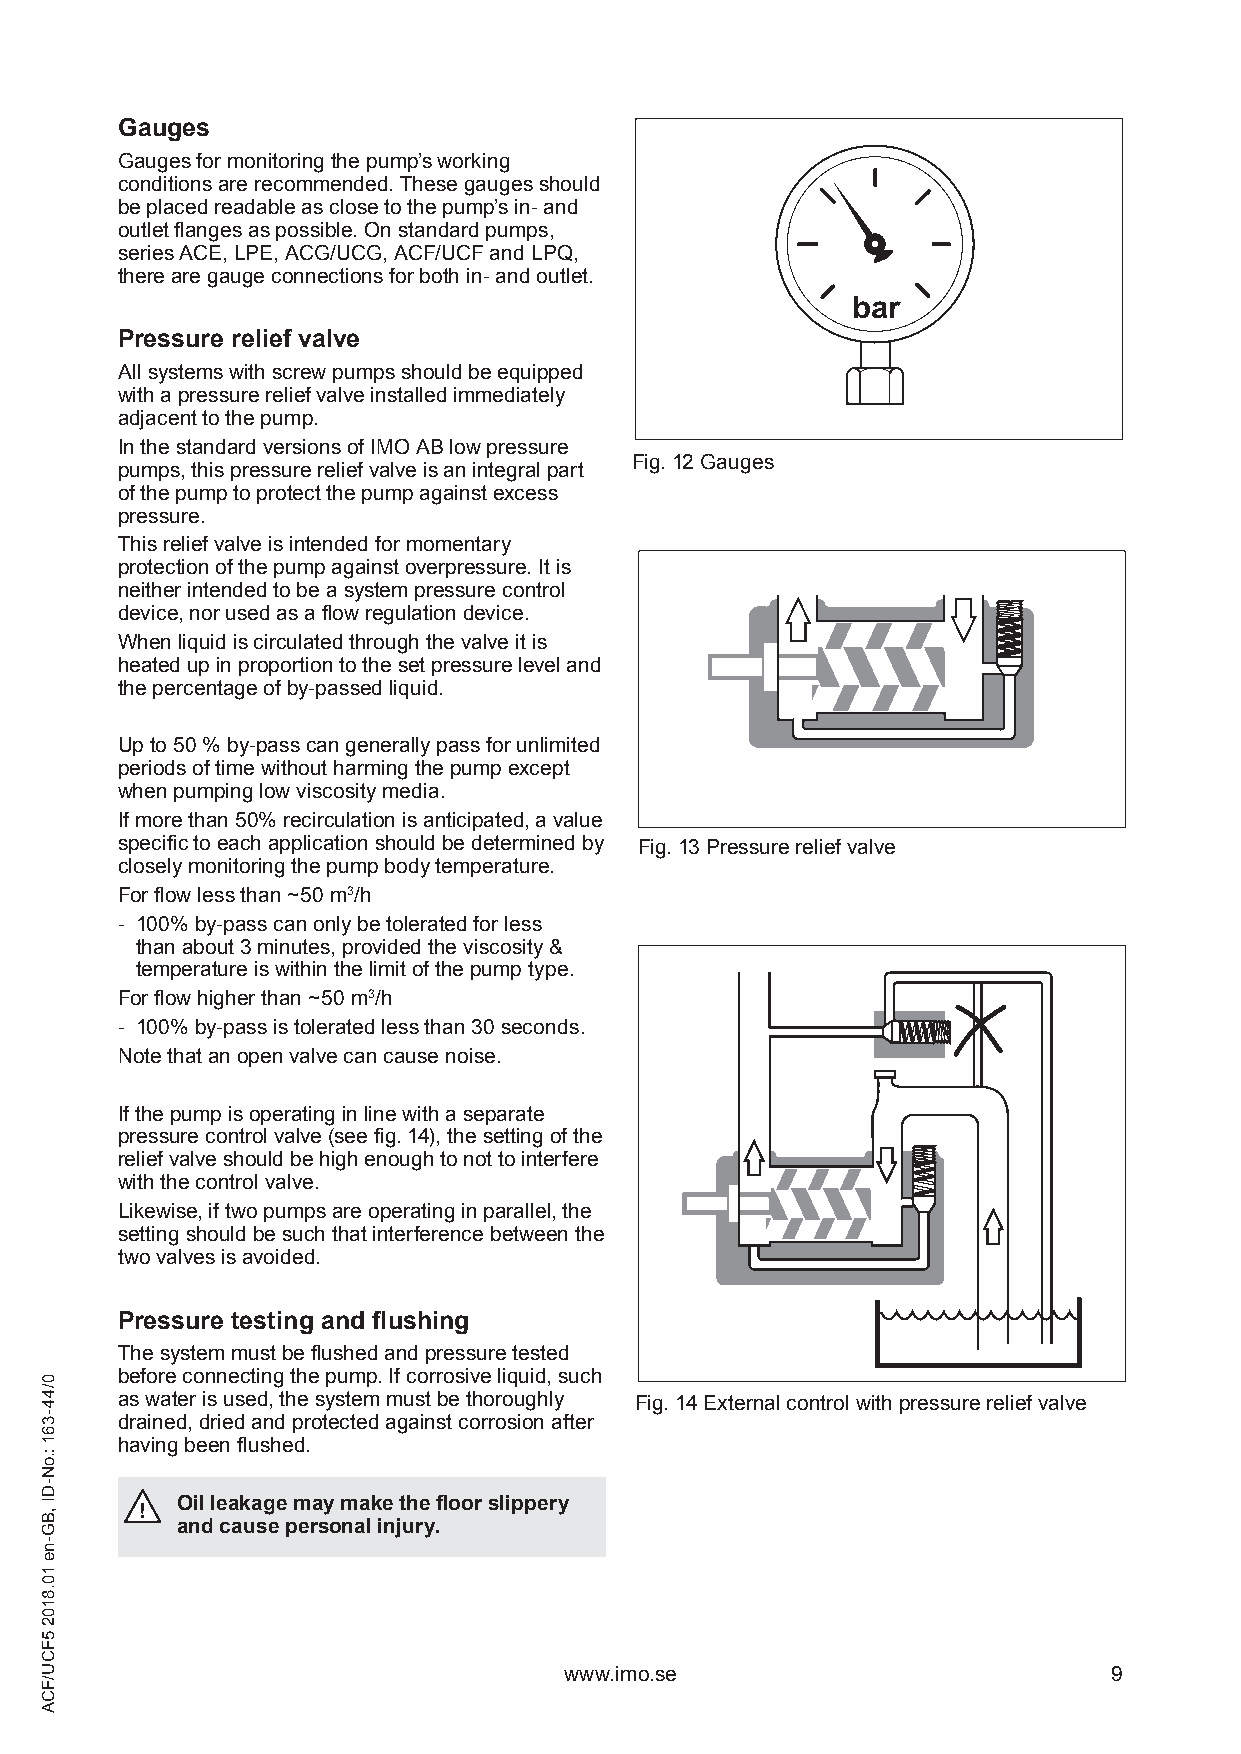
Gauges
 Gauges for monitoring the pump’s working
 conditions are recommended. These gauges should
 be placed readable as close to the pump’s in- and
 outlet flanges as possible. On standard pumps,
 series ACE, LPE, ACG/UCG, ACF/UCF and LPQ,
 there are gauge connections for both in- and outlet.
 bar
 Pressure relief valve
 All systems with screw pumps should be equipped
 with a pressure relief valve installed immediately
 adjacent to the pump.
 In the standard versions of IMO AB low pressure
 Fig. 12 Gauges
 pumps, this pressure relief valve is an integral part
 of the pump to protect the pump against excess
 pressure.
 This relief valve is intended for momentary
 protection of the pump against overpressure. It is
 neither intended to be a system pressure control
 device, nor used as a flow regulation device.
 When liquid is circulated through the valve it is
 heated up in proportion to the set pressure level and
 the percentage of by-passed liquid.
 Up to 50 % by-pass can generally pass for unlimited
 periods of time without harming the pump except
 when pumping low viscosity media.
 If more than 50% recirculation is anticipated, a value
 specific to each application should be determined by Fig. 13 Pressure relief valve
 closely monitoring the pump body temperature.
 For flow less than ~50 m3/h
 - 100% by-pass can only be tolerated for less
 than about 3 minutes, provided the viscosity &
 temperature is within the limit of the pump type.
 For flow higher than ~50 m3/h
 - 100% by-pass is tolerated less than 30 seconds.
 Note that an open valve can cause noise.
 If the pump is operating in line with a separate
 pressure control valve (see fig. 14), the setting of the
 relief valve should be high enough to not to interfere
 with the control valve.
 Likewise, if two pumps are operating in parallel, the
 setting should be such that interference between the
 two valves is avoided.
 Pressure testing and flushing
 The system must be flushed and pressure tested
 before connecting the pump. If corrosive liquid, such
 as water is used, the system must be thoroughly Fig. 14 External control with pressure relief valve
 drained, dried and protected against corrosion after
 having been flushed.
 Oil leakage may make the floor slippery
 !
 and cause personal injury.
 www.imo.se                           9
 0/44-361
 :.oN-DI
 ,BG-ne
 10.8102
 5FCU/FCA